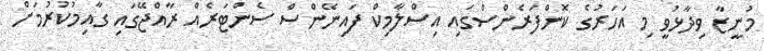
މުނީޒާ ވިދާޅުވީ މި އަހަރުގެ ކޮންފަރެންސްގައި އިސްލާމިކް ފައިނޭންސް ސެންޓަރެއް ރާއްޖޭގައި ގާއިމުކުރުމަށް